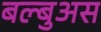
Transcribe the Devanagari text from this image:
बल्बुअस